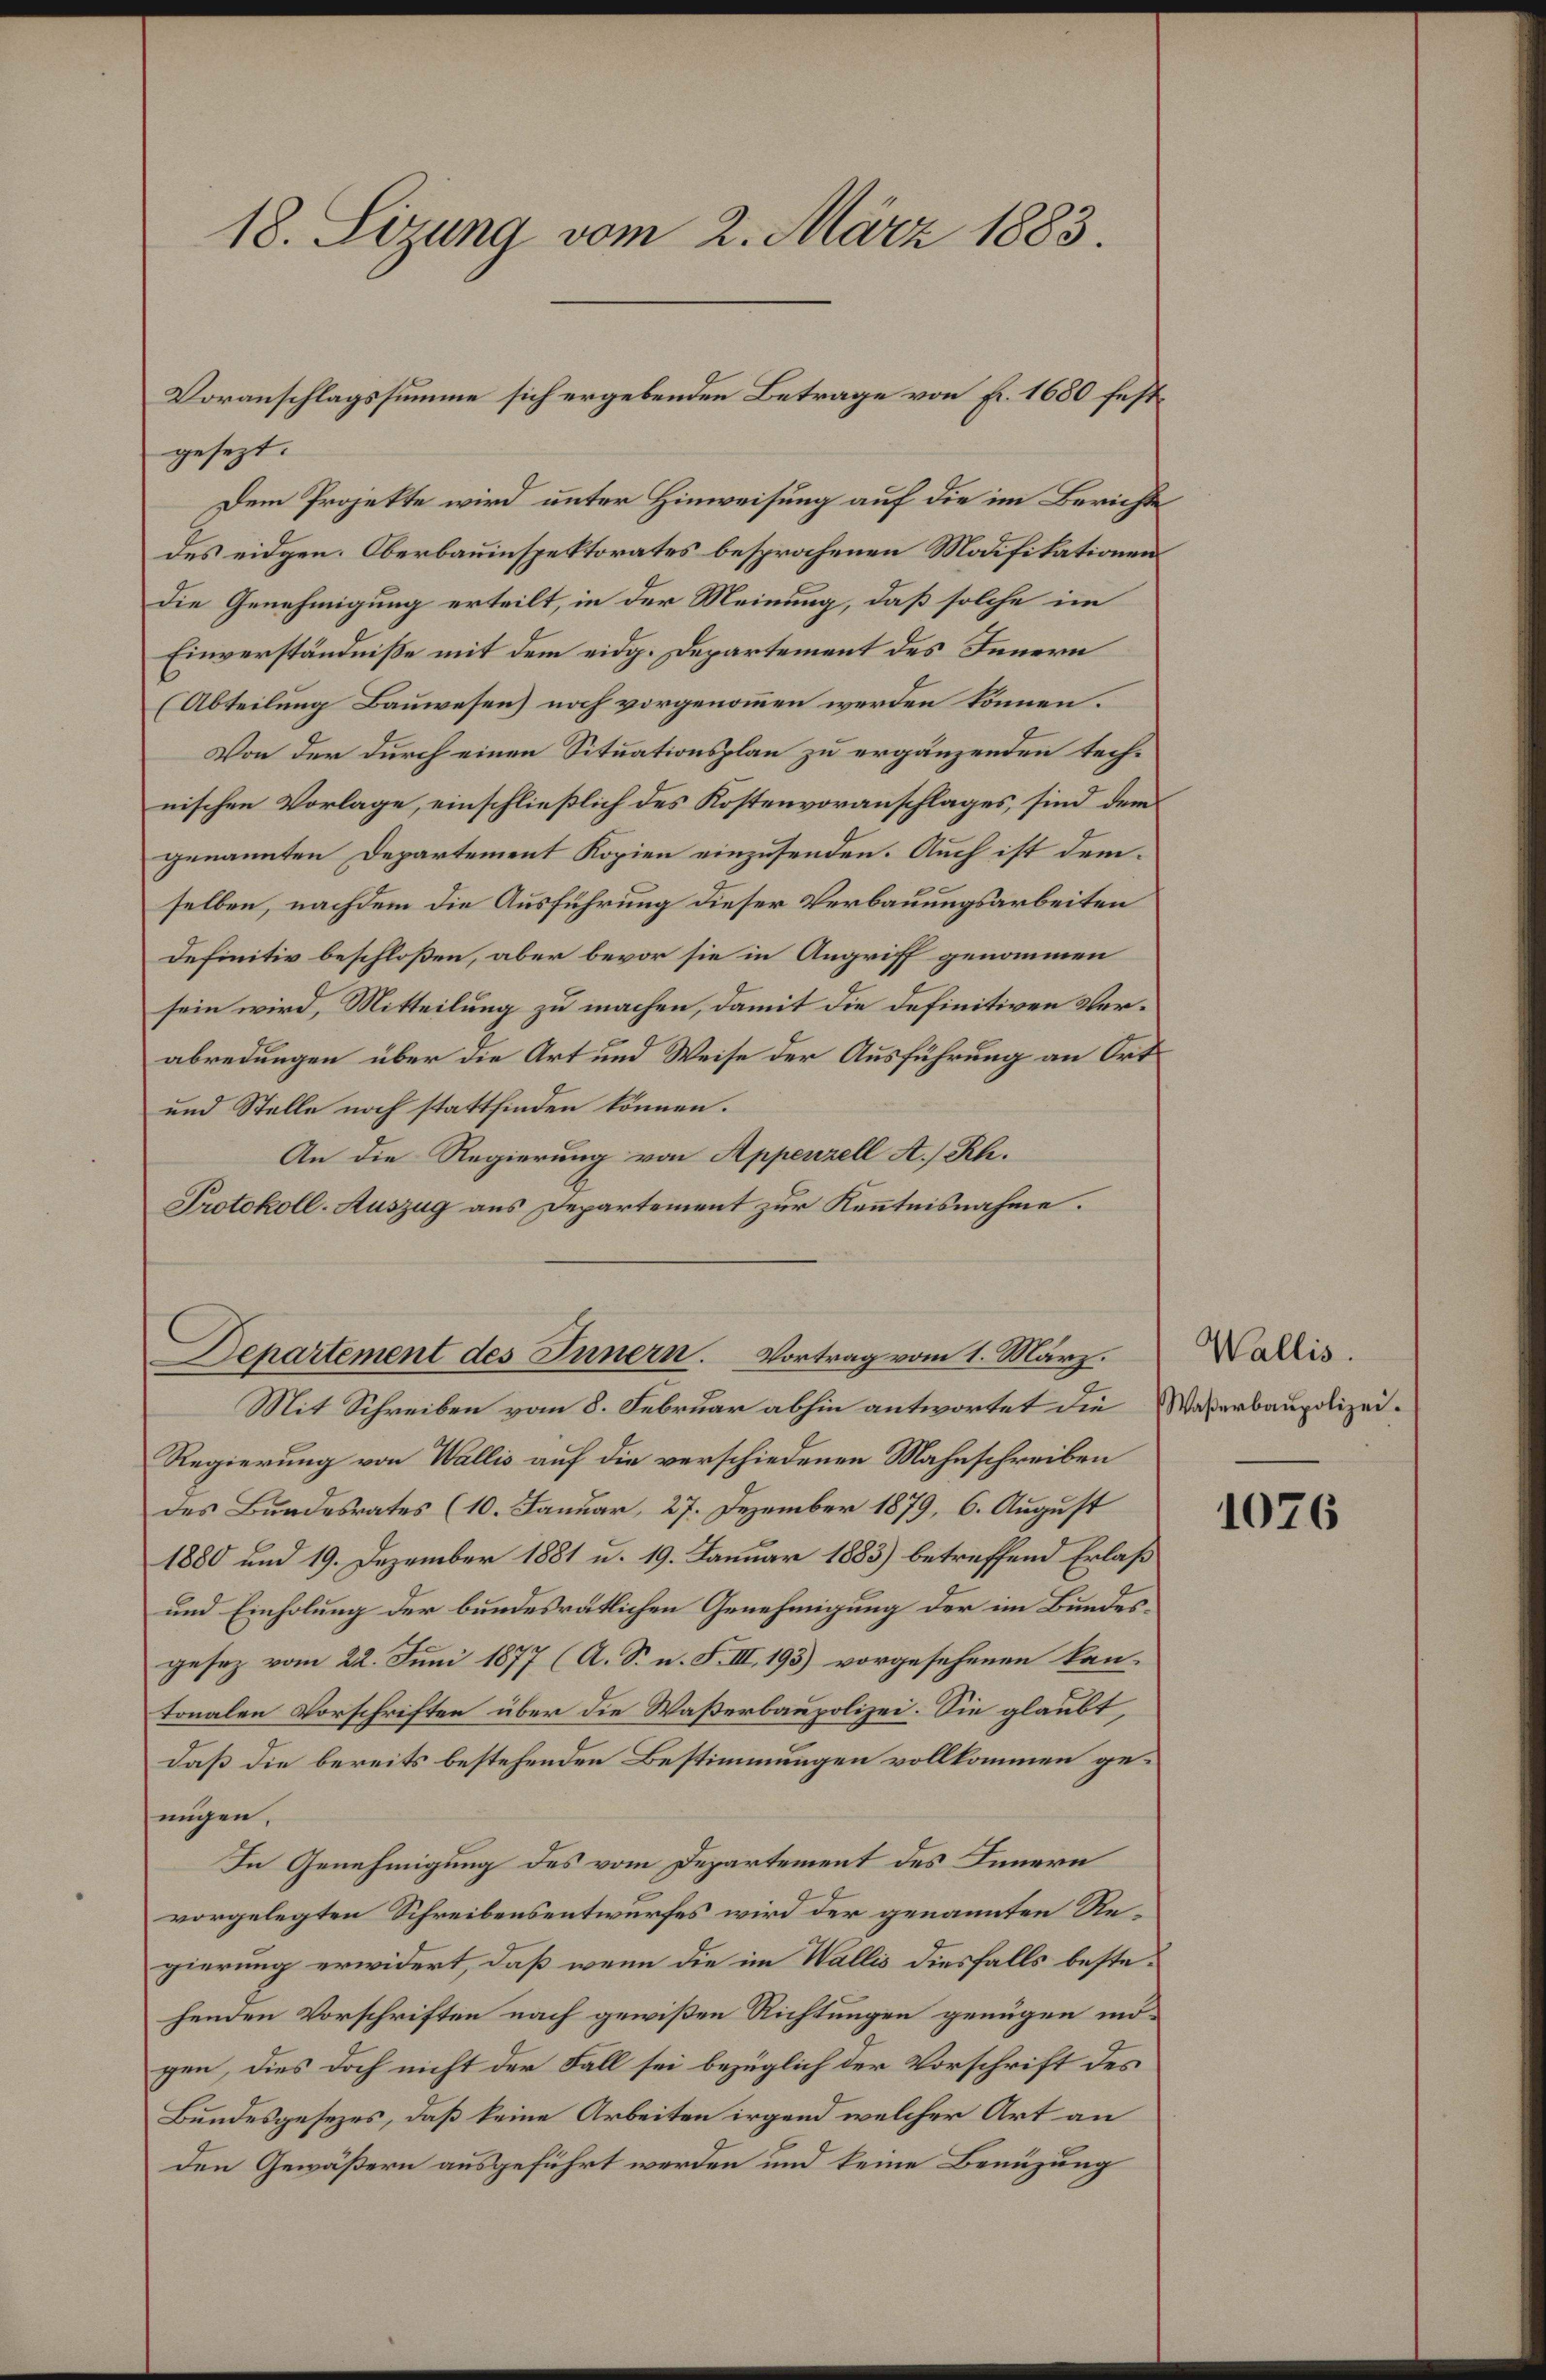
gesezt.
Dem Projekte wird unter Hinweisung auf die im Berichte
des eidgen. Oberbauinspektorates besprochenen Modifikationen
Die Genehmigung erteilt, in der Meinung, daß solche im
Einverständniße mit dem eidg. Departement des Innern
(Abteilung Bauwesen) noch vorgenommen werden können.
Von der durch einen Situationsplan zu ergänzenden technischen Vorlage, einschließlich des Kostenvoranschlages, sind dem
genannten Departement Kopien einzusenden. Auch ist demselben, nachdem die Ausführung dieser Verbauungsarbeiten
Definitiv beschloßen, aber bevor sie in Angriff genommen
sein wird, Mitteilung zu machen, damit die definitiven Verabredungen über die Art und Weise der Ausführung an Ort
und Stelle noch stattfinden können.
An die Regierung von Appenzell A/Rh.
Protokoll-Auszug aus Departement zur Kenntnisnahme.

18. Sizung vom 2. März 1883.

Voranschlagssumme sich ergebenden Betrage von Fr. 1680 fest¬

Departement des Innern. Vortrag vom 1. März.

Mit Schreiben vom 8. Februar abhin antwortet die Waßerbaupolizei¬
Regierung von Wallis auf die verschiedenen Mahnschreiben
des Bundesrates (10. Januar, 27. Dezember 1879, 6. August
1880 und 19. Dezember 1881 u. 19. Januar 1883) betreffend Erlaß
und Einholung der bundesrätlichen Genehmigung der im Bundesgesez vom 22. Juni 1877 (A. S. n. F. III. 193) vorgesehenen kantonalen Vorschriften über die Waßerbaupolizei. Sie glaubt
daß die bereits bestehenden Bestimmungen vollkommen genügen,
In Genehmigung des vom Departement des Innern
vorgelegten Schreibensentwurfes wird der genannten Regierung erwidert, daß wenn die im Wallis diesfalls bestehenden Vorschriften nach gewißen Richtungen genügen mögen, dies doch nicht der Fall sei bezüglich der Vorschrift des
Bundesgesezes, daß keine Arbeiten irgend welcher Art an
den Gewäßern ausgeführt werden und keine Benützung

Wallis.

1076